Document type: Inventory
Year: 1295
Scribe: Pere Marc
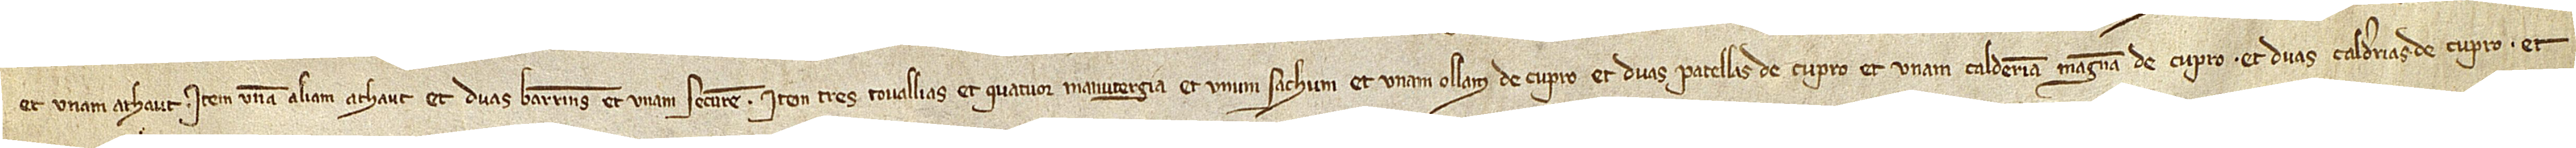
et unam athaut; item, unam aliam athaut et duas barrines et unam securem; item, tres tovallias, et quatuor manutergia, et unum sachum, et unam ollam de cupro, et duas patellas de cupro, et unam calderiam magnam decupro, et duas calderias de cupro, et